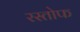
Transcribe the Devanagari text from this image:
रस्तोफ